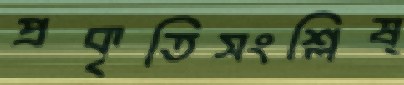
প্রকৃতিসংশ্লিষ্